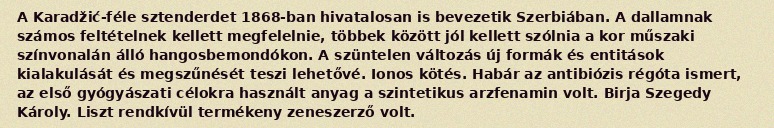
A Karadžić-féle sztenderdet 1868-ban hivatalosan is bevezetik Szerbiában. A dallamnak számos feltételnek kellett megfelelnie, többek között jól kellett szólnia a kor műszaki színvonalán álló hangosbemondókon. A szüntelen változás új formák és entitások kialakulását és megszűnését teszi lehetővé. Ionos kötés. Habár az antibiózis régóta ismert, az első gyógyászati célokra használt anyag a szintetikus arzfenamin volt. Birja Szegedy Károly. Liszt rendkívül termékeny zeneszerző volt.